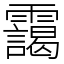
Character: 靄